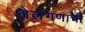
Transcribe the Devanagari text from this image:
तेलंगणाची